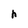
Character: h